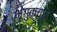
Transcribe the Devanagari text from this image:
भृगुकच्छ